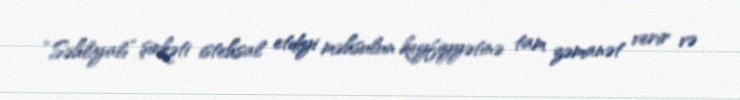
“Səhliyalı” şirkəti istehsal etdiyi məhsulun keyfiyyətinə tam zəmanət verir və